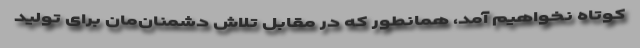
کوتاه نخواهیم آمد، همانطور که در مقابل تلاش دشمنان‌مان برای تولید